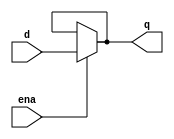
module top_module (
    input d, 
    input ena,
    output q);

    assign q = (ena) ? d:q; //latch, default ,
endmodule